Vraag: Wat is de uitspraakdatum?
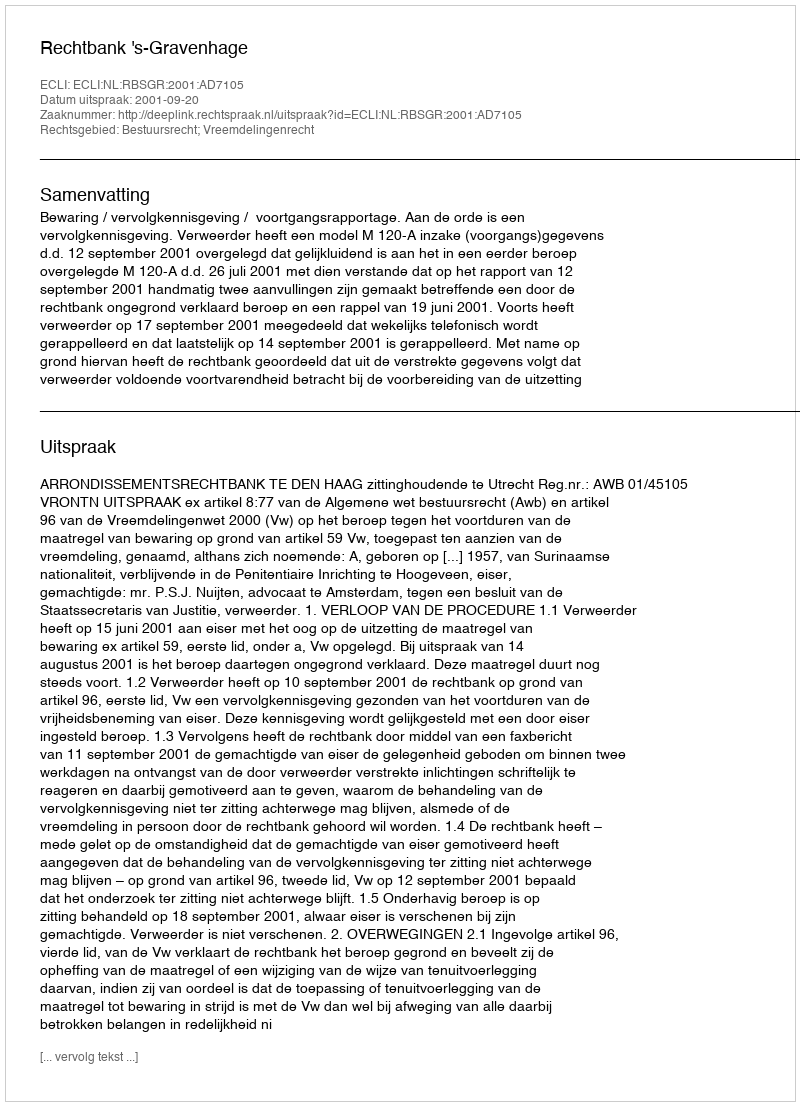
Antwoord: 2001-09-20